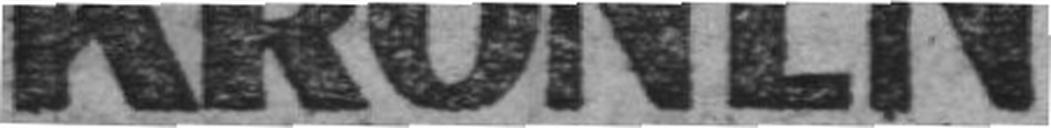
KRONEN